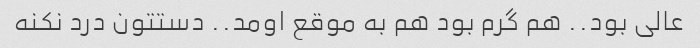
عالی بود.. هم گرم بود هم به موقع اومد.. دستتون درد نکنه